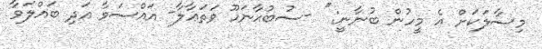
މިސާލަކަށް އެ މީހުން ބުނާނީ: '' -ސުބުޙާނަހޫ ވަތަޢާލާ- އައްސަވާ އަދި ބައްލަވާ